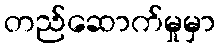
တည်ဆောက်မှုမှာ